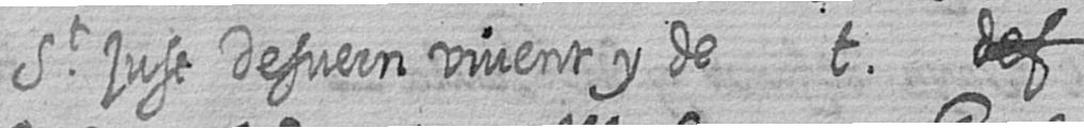
St just Desvern vivent y de t #